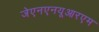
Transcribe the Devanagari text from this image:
जेएनएनयूआरएम